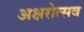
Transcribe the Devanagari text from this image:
अक्षरोत्सव